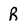
Character: R